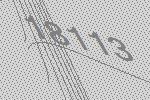
18113